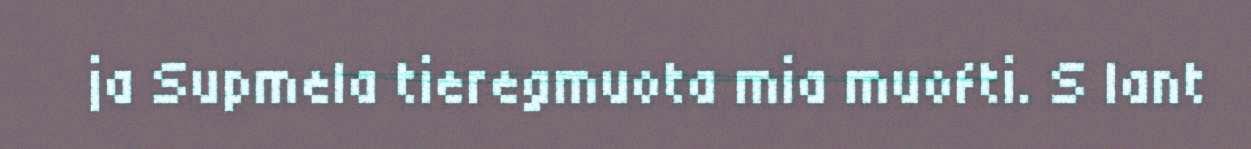
ja Supmela tieregmuota mia muofti. S lant